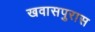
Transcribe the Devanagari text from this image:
खवासपुरास